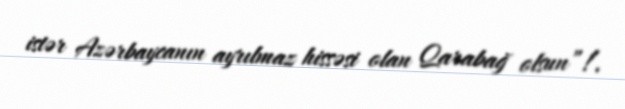
istər Azərbaycanın ayrılmaz hissəsi olan Qarabağ olsun”!.